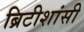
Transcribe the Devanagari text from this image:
ब्रिटीशांसी